Document type: Sale
Year: 1354
Scribe: Bernat de Torre
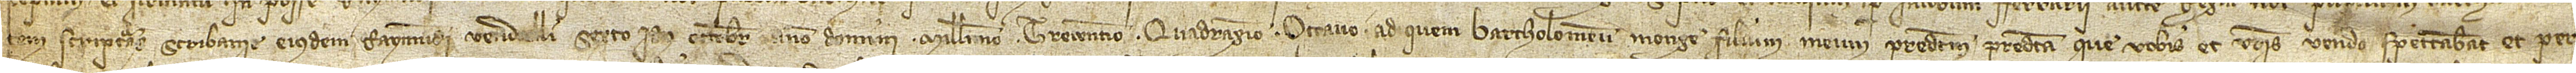
tem scripturas scribanie eiusdem Raymundi Vend[re]lli, sexto idus octobris, anno Domini millesimo trecentesimo quadragesimo octavo, ad quem Bartholomeum Monge, filium meum predictum. Predicta que vobis et vestris vendo spectabant et per-